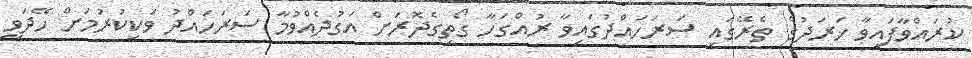
ކުރައްވާފައިވާ ޚަރަދުގެ ތެރޭގައި ސަރަހައްދުގައިވާ ރުއްގަހާ ގޯތިގެދޮރަށް އަގުދެއްވުމާ ސަރަހައްދު ވަކިކުރުމަށް ހޭދަވީ